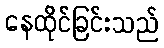
နေထိုင်ခြင်းသည်